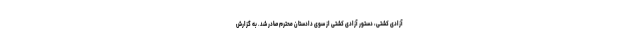
آزادی کشتی، دستور آزادی کشتی از سوی دادستان محترم صادر شد. به گزارش